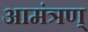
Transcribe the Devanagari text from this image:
आमंत्रण्